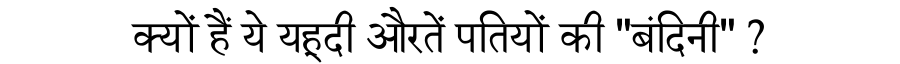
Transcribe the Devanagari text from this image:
क्यों हैं ये यहूदी औरतें पतियों की "बंदिनी" ?